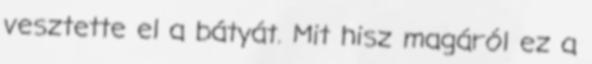
vesztette el a bátyát. Mit hisz magáról ez a